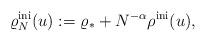
LaTeX: \begin{align*}\varrho_N^{\rm ini} (u):= \varrho_* + N^{-\alpha} \rho^{\rm ini} (u),\end{align*}